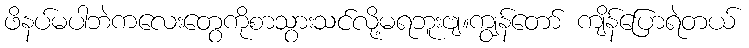
ဖိနပ်မပါဘဲကလေးတွေကိုစာသွားသင်လို့မရဘူးဗျ။ကျွန်တော် ကျိန်ပြောရဲတယ်